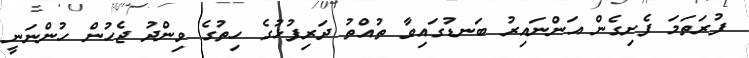
ފުރަތަމަ ފެށިގެން އަންނައިރު ބަނޑުގައިވާ ތުއްތު ދަރިފުޅުގެ ހިތުގެ ވިންދު ޖެހުން ހުންނަނީ